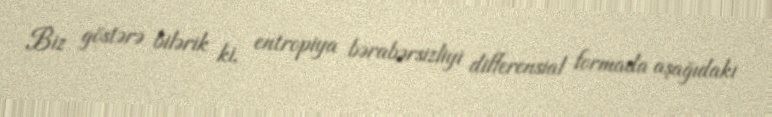
Biz göstərə bilərik ki, entropiya bərabərsizliyi differensial formada aşağıdakı